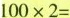
$$100×2=$$